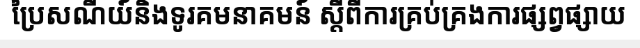
ប្រៃសណីយ៍និងទូរគមនាគមន៍ ស្តីពីការគ្រប់គ្រងការផ្សព្វផ្សាយ